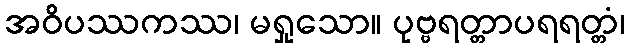
အဝိပဿကဿ၊ မရှုသော။ ပုဗ္ဗရတ္တာပရရတ္တံ၊